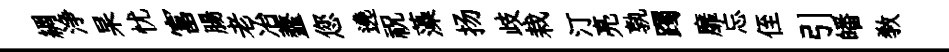
綢浄杲忧富腸老冶虀您遶祝藻扬歧栽汀亮孰躅靡忘侄引皤敎